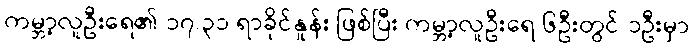
ကမ္ဘာ့လူဦးရေ၏ ၁၇.၃၁ ရာခိုင်နှုန်း ဖြစ်ပြီး ကမ္ဘာ့လူဦးရေ ၆ဦးတွင် ၁ဦးမှာ